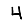
Digit: 4